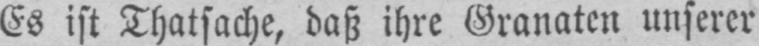
Es ist Thatsache, daß ihre Granaten unserer